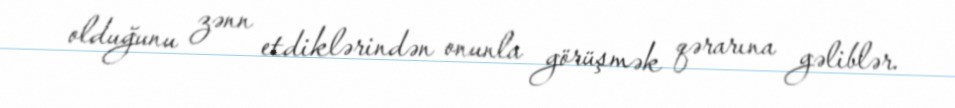
olduğunu zənn etdiklərindən onunla görüşmək qərarına gəliblər.